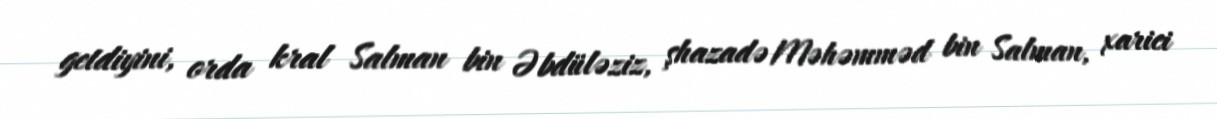
getdiyini, orda kral Salman bin Əbdüləziz, şhazadə Məhəmməd bin Salman, xarici